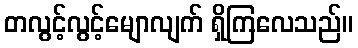
တလွင့်လွင့်မျောလျက် ရှိကြလေသည်။